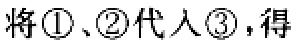
将\textcircled{1}、\textcircled{2}代入\textcircled{3}，得